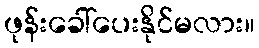
ဖုန်းခေါ်ပေးနိုင်မလား။